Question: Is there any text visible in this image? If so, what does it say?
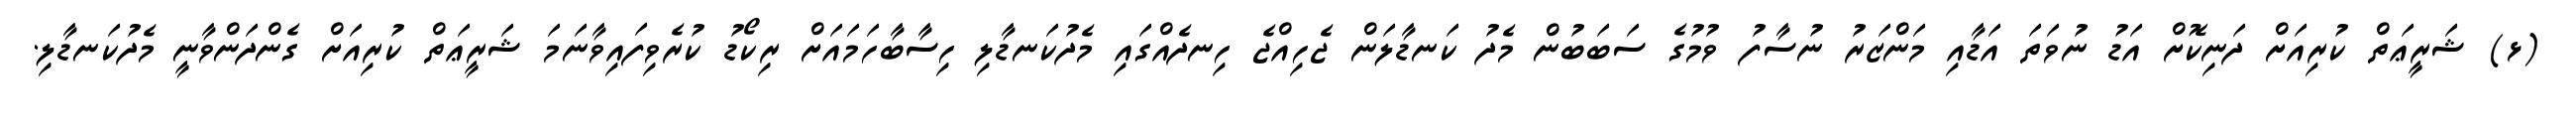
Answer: (ޅ) ޝަރީޢަތް ކުރިއަށް ދަނިކޮށް އަޑު ނުވަތަ އަޑާއި މަންޒަރު ނުސާފު ވުމުގެ ސަބަބުން މެދު ކަނޑާލަން ޖެހިއްޖެ ހިނދެއްގައި މެދުކަނޑާލި ހިސާބާހަމައަށް ރިކޯޑު ކުރެވިފައިވާނަމަ ޝަރީޢަތް ކުރިއަށް ގެންދަންވާނީ މެދުކަނޑާލި.